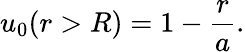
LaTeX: u_{0}(r>R)=1-\frac{r}{a}.